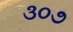
૩૦૭